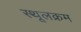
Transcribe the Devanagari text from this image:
स्थूलक्रम